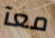
معآ